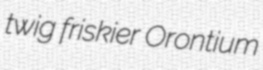
twig friskier Orontium